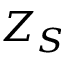
Z _ { S }